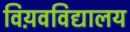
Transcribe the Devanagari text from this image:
विय़वविद्यालय